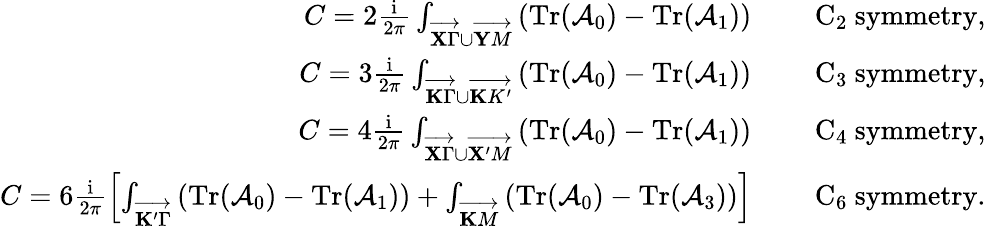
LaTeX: \begin{array}{r}{C=2\frac{\mathrm{i}}{2\pi}\int_{\overrightarrow{\mathbf X\Gamma}\cup\overrightarrow{\mathbf YM}}\left(\mathrm{Tr}(\mathcal{A}_{0})-\mathrm{Tr}(\mathcal{A}_{1})\right)\quad\quad\mathrm{~C_2~symmetry},}\\ {C=3\frac{\mathrm{i}}{2\pi}\int_{\overrightarrow{\mathbf K\Gamma}\cup\overrightarrow{\mathbf KK^{\prime}}}\left(\mathrm{Tr}(\mathcal{A}_{0})-\mathrm{Tr}(\mathcal{A}_{1})\right)\quad\quad\mathrm{~C_3~symmetry},}\\ {C=4\frac{\mathrm{i}}{2\pi}\int_{\overrightarrow{\mathbf X\Gamma}\cup\overrightarrow{\mathbf X^{\prime}M}}\left(\mathrm{Tr}(\mathcal{A}_{0})-\mathrm{Tr}(\mathcal{A}_{1})\right)\quad\quad\mathrm{~C_4~symmetry},}\\ {C=6\frac{\mathrm{i}}{2\pi}\left[\int_{\overrightarrow{\mathbf K^{\prime}\Gamma}}\left(\mathrm{Tr}(\mathcal{A}_{0})-\mathrm{Tr}(\mathcal{A}_{1})\right)+\int_{\overrightarrow{\mathbf KM}}\left(\mathrm{Tr}(\mathcal{A}_{0})-\mathrm{Tr}(\mathcal{A}_{3})\right)\right]\quad\quad\mathrm{~C_6~symmetry}.}\end{array}